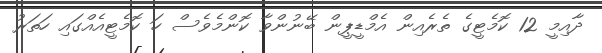
ދާއިމީ 12 ކޮމެޓީގެ ތެރެއިން އެމްޑީޕީން ބޭނުންވާ ކޮންމެވެސް ހަ ކޮމެޓީއެއްގައި ހަތަރު